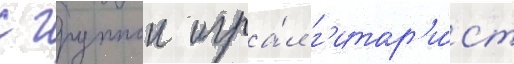
с группои игра́л г'итар'и́ст